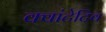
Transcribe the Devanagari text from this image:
क्वांटेटिव